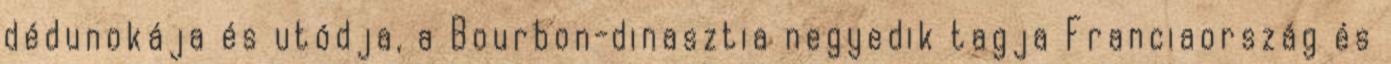
dédunokája és utódja, a Bourbon-dinasztia negyedik tagja Franciaország és